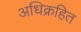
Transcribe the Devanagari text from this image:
अधिक्रहित